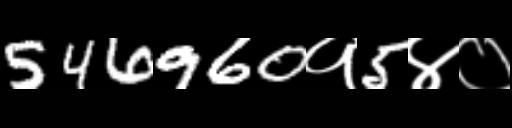
Text: 546960१5४०